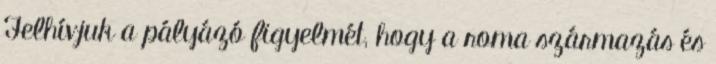
Felhívjuk a pályázó figyelmét, hogy a roma származás és